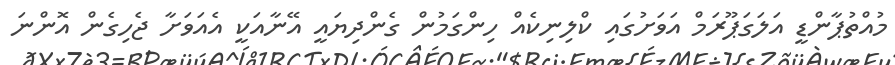
މުއްތުޕާންޑީ އަލަގަޕޫރަމް އަވަށުގައި ކްލިނިކެއް ހިންގަމުން ގެންދިޔައީ އޭނާއަކީ އެއަވަށާ ޖެހިގެން އޮންނަ